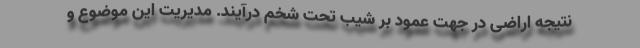
نتیجه اراضی در جهت عمود بر شیب تحت شخم درآیند. مدیریت این موضوع و